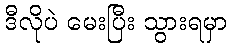
ဒီလိုပဲ မေးပြီး သွားရမှာ